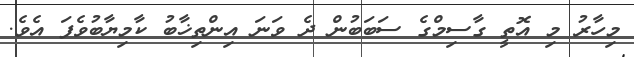
މިހާރު މި އޮތީ ގާސިމްގެ ސަބަބުން ދެ ވަނަ އިންތިޚާބު ކާމިޔާބުވެފަ އެވެ.